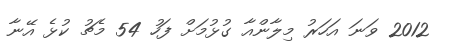
2012 ވަނަ އަހަރު މިލާންއާ ގުޅުމަށް ފަހު 54 މެޗު ކުޅެ އޭނާ